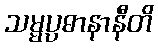
သမ္မပ္ပဓာနာနီတိ